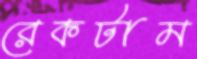
রেকটাম